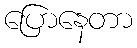
ပြောနေတာ